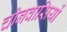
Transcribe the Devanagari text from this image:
चीनवासियों